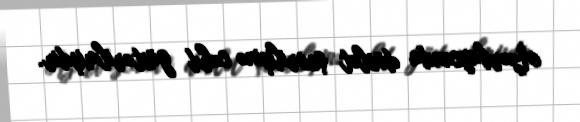
Azərbaycanda dövlət çevrilişinə cəhd göstərilmişdir.